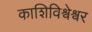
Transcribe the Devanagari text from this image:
काशिविश्वेश्वर